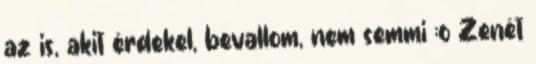
az is, akit érdekel, bevallom, nem semmi ;o Zenét